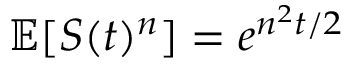
\mathbb { E } [ S ( t ) ^ { n } ] = e ^ { n ^ { 2 } t / 2 }